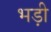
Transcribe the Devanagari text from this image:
भड़ी